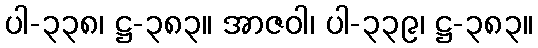
ပါ-၃၃၈၊ ဋ္ဌ-၃၈၃။ အာဇဝါ၊ ပါ-၃၃၉၊ ဋ္ဌ-၃၈၃။